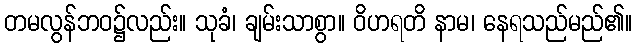
တမလွန်ဘဝ၌လည်း။ သုခံ၊ ချမ်းသာစွာ။ ဝိဟရတိ နာမ၊ နေရသည်မည်၏။